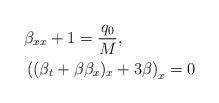
LaTeX: \begin{align*}&\beta_{xx}+1=\frac{q_0}{M},\\&\left((\beta_t+\beta\beta_x)_x+3\beta\right)_x=0\end{align*}